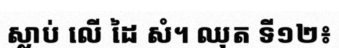
ស្លាប់ លើ ដៃ សំ។ ឈុត ទី១២៖